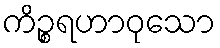
ကိဉ္စရဟာဝုသော